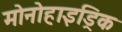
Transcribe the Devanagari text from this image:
मोनोहाइड्रिक